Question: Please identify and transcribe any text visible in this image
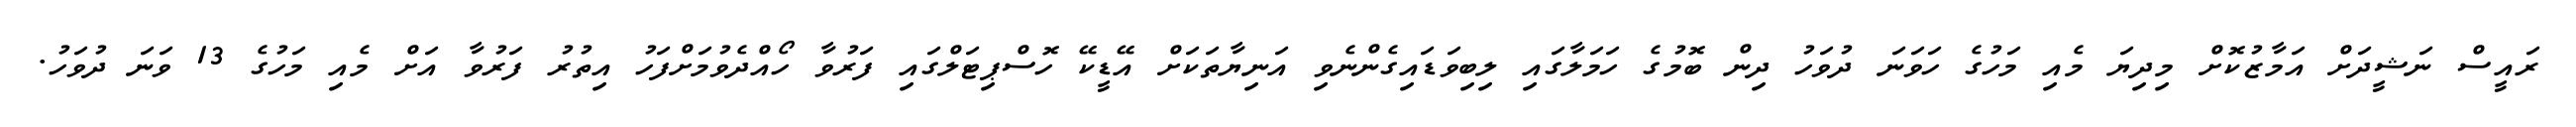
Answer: ރައީސް ނަޝީދަށް އަމާޒުކޮށް މިދިޔަ މެއި މަހުގެ ހަވަނަ ދުވަހު ދިން ބޮމުގެ ހަމަލާގައި ލިބިވަޑައިގެންނެވި އަނިޔާތަކަށް އޭޑީކޭ ހޮސްޕިޓަލްގައި ފަރުވާ ހޯއްދެވުމަށްފަހު އިތުރު ފަރުވާ އަށް މެއި މަހުގެ 13 ވަނަ ދުވަހު.